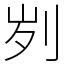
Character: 刿